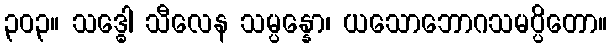
၃၀၃။ သဒ္ဓေါ သီလေန သမ္ပန္နော၊ ယသောဘောဂသမပ္ပိတော။